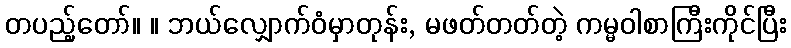
တပည့်တော်။ ။ ဘယ်လျှောက်ဝံမှာတုန်း, မဖတ်တတ်တဲ့ ကမ္မဝါစာကြီးကိုင်ပြီး